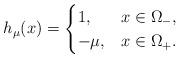
LaTeX: \begin{align*}h_\mu(x)=\begin{cases}1, & x\in \Omega_-,\\-\mu, & x\in \Omega_+.\end{cases}\end{align*}